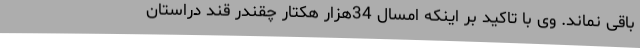
باقی نماند. وی با تاکید بر اینکه امسال 34هزار هکتار چقندر قند دراستان